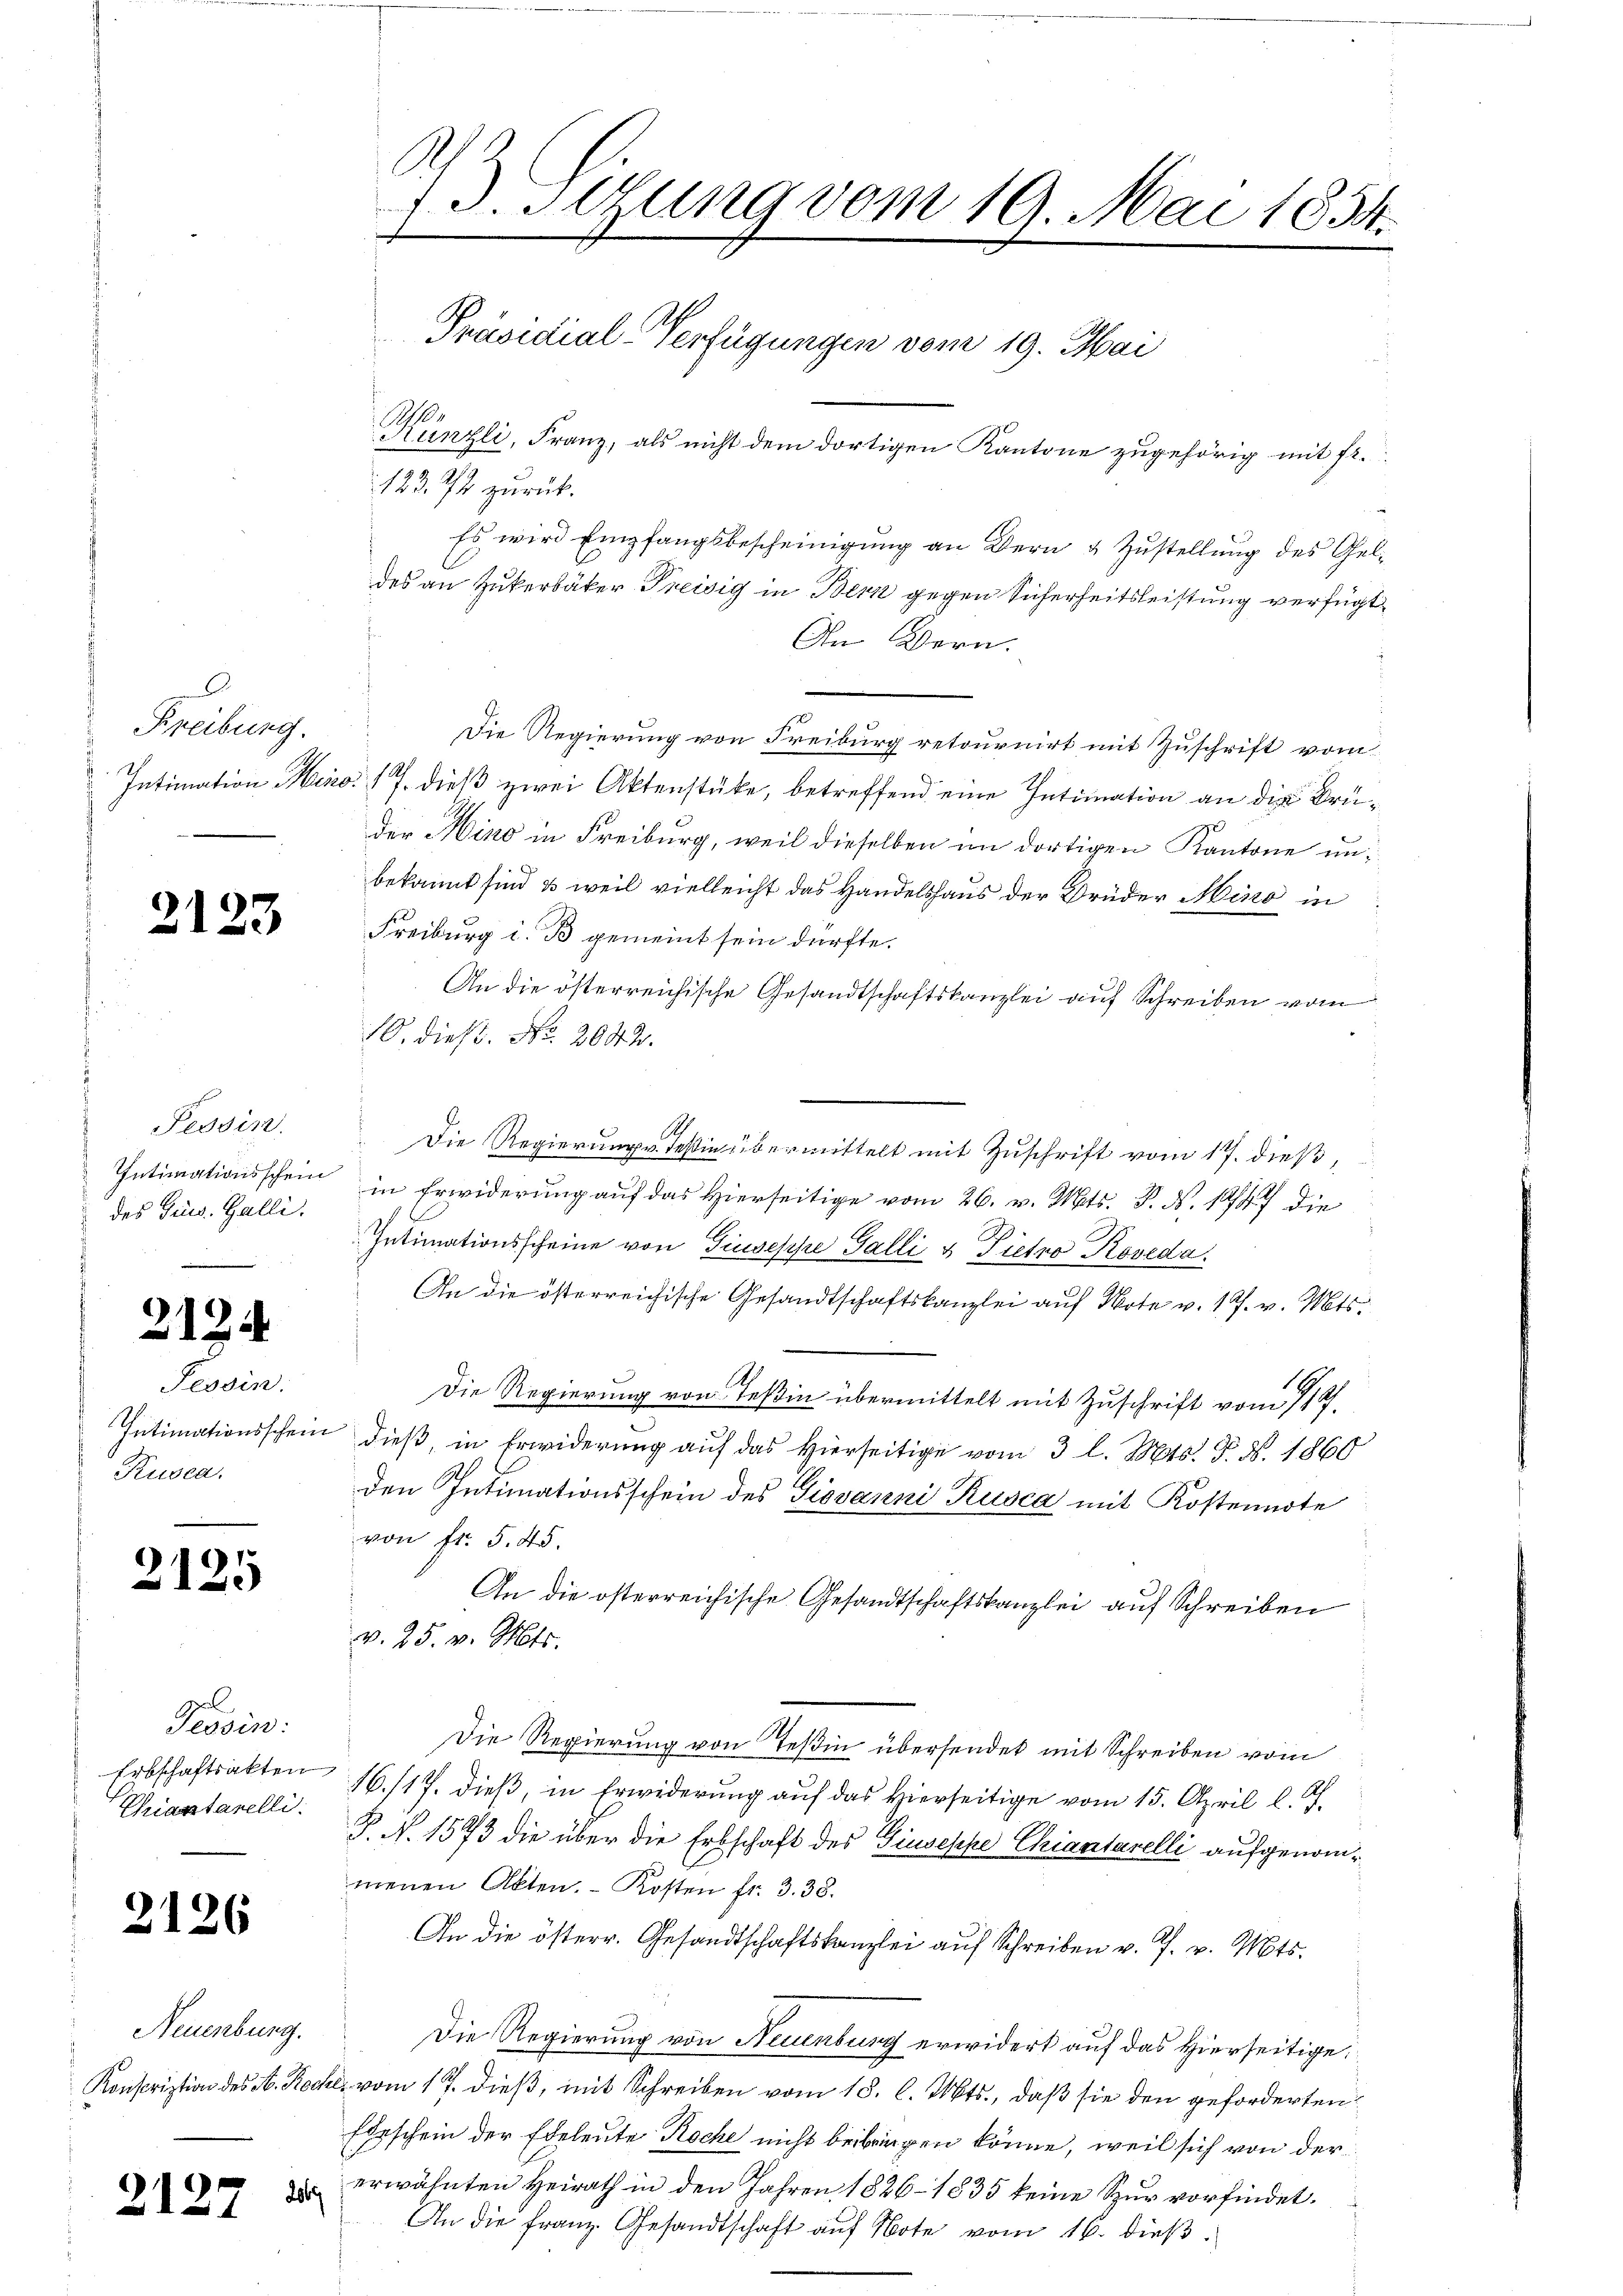
B
Freibung.

2126

d

2123

Tessin.
des Ges. Galli.

3134

Tessin.
Rusen,

2125

15

2

Tessin:
Erbschaftsakten
Criastarelli

Neuenburg.
Konscription des N. Rec

2869

6
13. Setung vom 19. Mai 1854.
Präsidial-Verfügungen vom 19. Mai
Künzli, Franz, als nicht dem dortigen Kantone zugehörig mit fr.
123. 74 zurück.
Es wird Empfangsbescheinigung an dern & Zustellung des Geldes an Zukerbäker Preisig in Bern gegen Sicherheitsleistung verfügt

An Bern.
Die Regierung von Freiburg retournirt mit Zuschrift vom
Intimation Hero. 17. dieß zwei Aktenstücke, betreffend eine Intimation an die Brü¬
Der Hino in Freiburg, weil dieselben im dortigen Kantone unbekannt sind & weil vielleicht das Handelshaus der Brüder Mino in
Freiburg i. B gemeint sein dürfte.
An die österreichische Gesandtschaftskanzlei auf Schreiben vom
10. dieß. No. 2042.
Die Regierung v. Teßin übermittelt mit Zuschrift vom 17. dieß,
Intimationsschein in Erwiderung auf das Hierseitige vom 26. v. Mts. S. N. 1847 die
Intimationsscheine von Giuseppe Galli u Pietro Koveda.
An die österreichische Gesandtschaftskanzlei auf Note v. 17. v. Mts.
Die Regierung von Teßin übermittelt mit Zuschrift vom 712.
Intimationsschein dieß, in Erwiderung auf das Hierseitige vom 3 l. Mts. P. Nr. 1860
den Intimationsschein des Giovanni Rusca mit Kostennote
von fr. 545.
An die österreichische Gesandtschaftskanzlei auf Schreiben
v. 25. v. Mts.
Die Regierung von Teßin übersendet mit Schreiben vom
16./17. dieß, in Erwiderung auf das Hierseitige vom 15. April l. J.
P. N. 1573 die über die Erbschaft des Giuseppe Chiantarelli aufgenommenen Akten. Kosten fr. 3. 38.
An die österr. Gesandtschaftskanzlei auf Schreiben v. J. v. Mts.
Die Regierung von Neuenburg erwidert auf das Hierseitige
sels vom 17. dieß, mit Schreiben vom 18. l. Mts., daß sie den geforderten
Ebeschein der Edeleute Koche nicht beibringen könne, weil sich von der
erwähnten Heirath in den Jahren 1826–1835 keine Spur vorfindet.
An die franz. Gesandtschaft auf Note vom 16. dieβ.